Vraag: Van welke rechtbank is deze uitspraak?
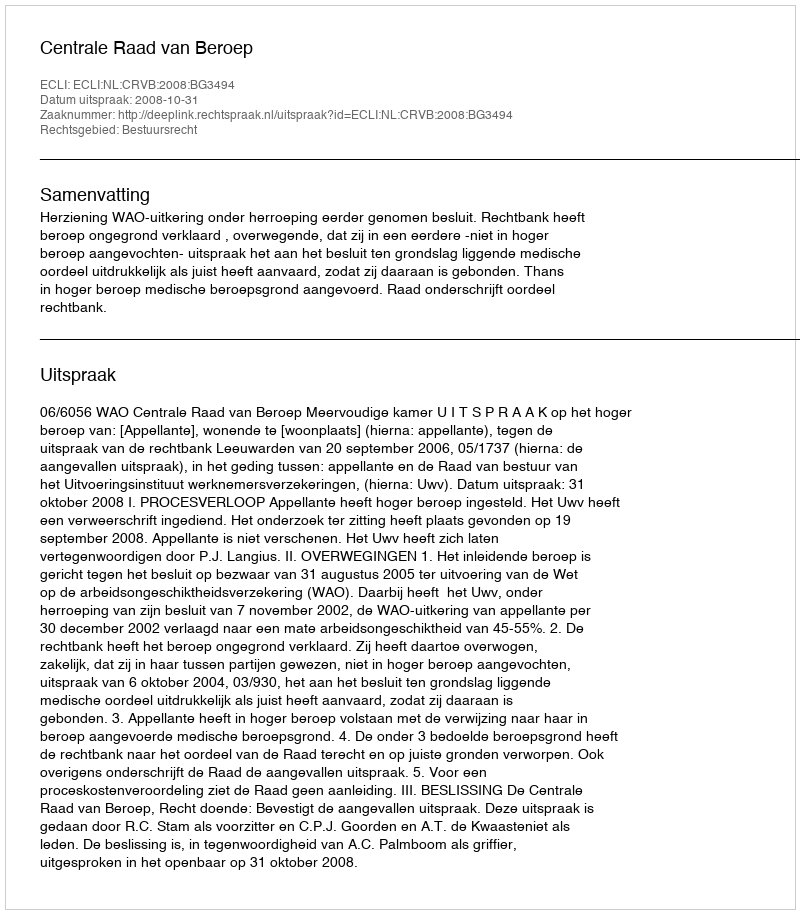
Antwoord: Centrale Raad van Beroep